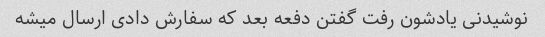
نوشیدنی یادشون رفت گفتن دفعه بعد که سفارش دادی ارسال میشه